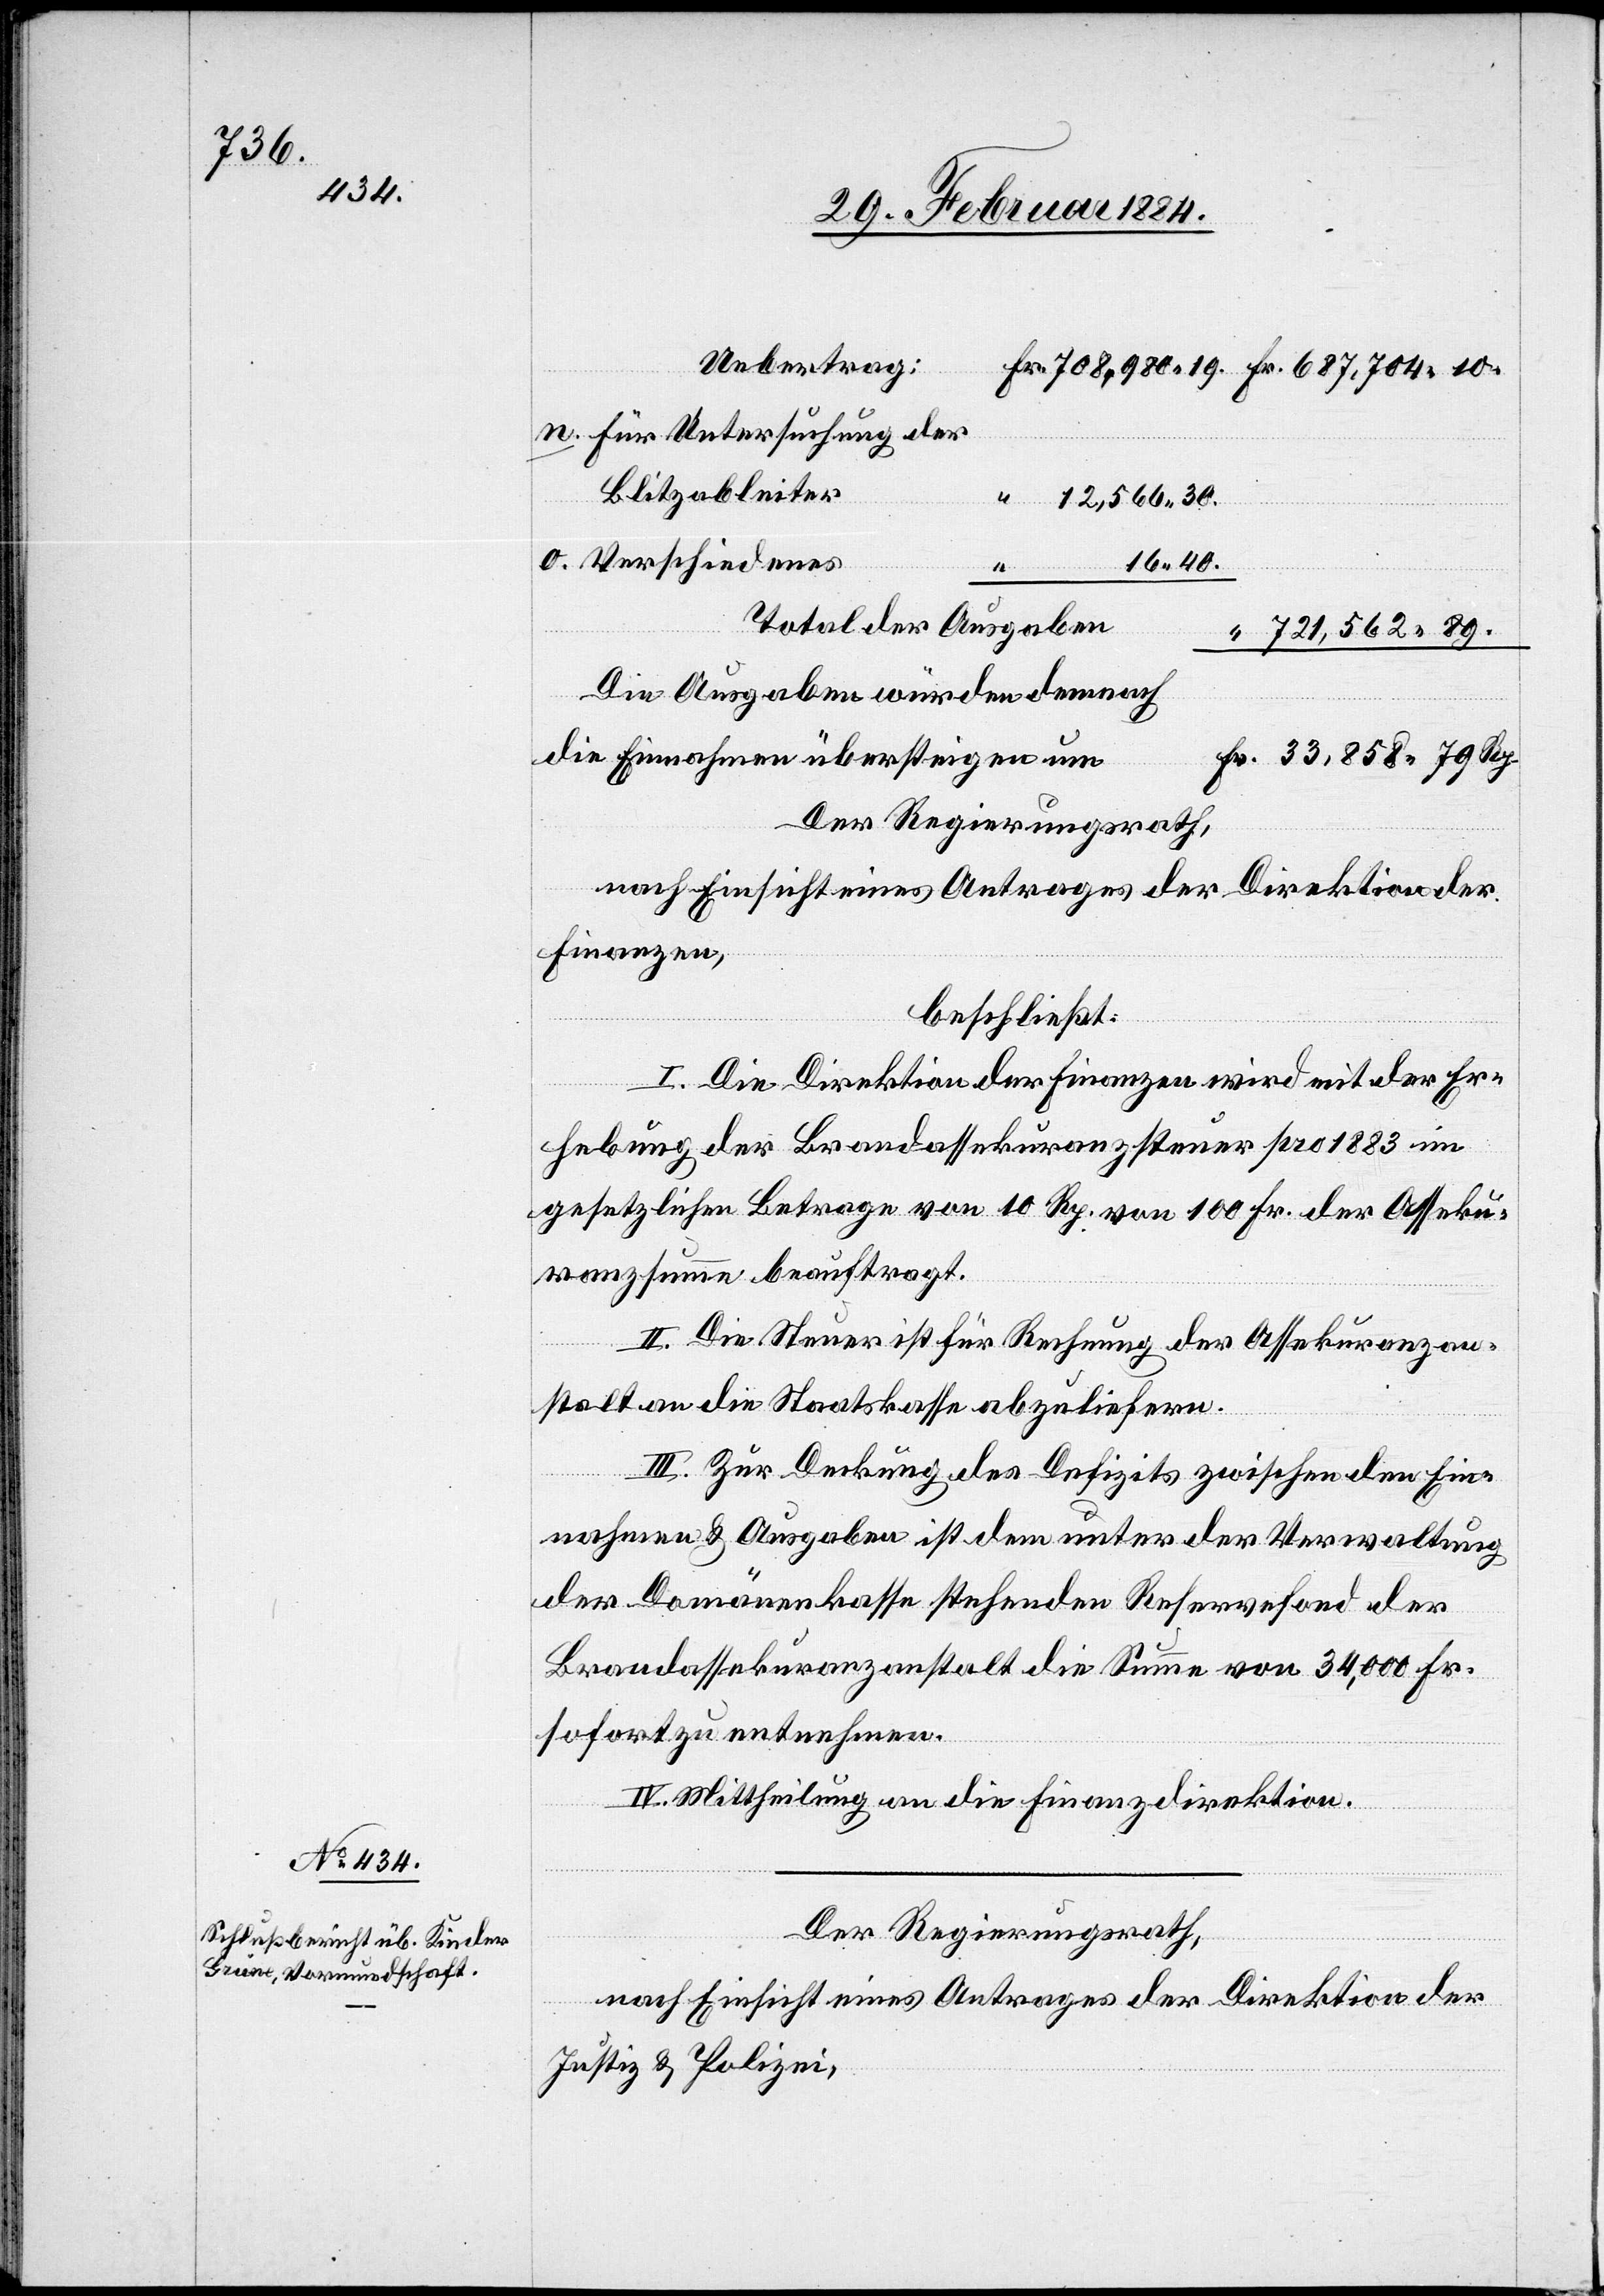
n. Für Untersuchung der
Blitzableiter
12,566 30.
o. Verschiedenes
16 40.
Total der Ausgaben
721,562 89.
Die Ausgaben würden demnach
die Einnahmen übersteigen um
33,858 79 Rp.
Der Regierungsrath,
nach Einsicht eines Antrages der Direktion der
Finanzen,
beschließt:
I. Die Direktion der Finanzen wird mit der Er¬
hebung der Brandassekuranzsteuer pro 1883 im
gesetzlichen Betrage von 10 Rp. von 100 Fr. der Asseku¬
ranzsumme beauftragt.
II. Die Steuer ist für Rechnung der Assekuranzan¬
stalt an die Staatskasse abzuliefern.
III. Zur Deckung des Defizits zwischen den Ein¬
nahmen & Ausgaben ist dem unter der Verwaltung
der Domänenkasse stehenden Reservefond der
Brandassekuranzanstalt die Summe von 34,000 Fr.
sofort zu entnehmen.
IV. Mittheilung an die Finanzdirektion.
Der Regierungsrath,
nach Einsicht eines Antrages der Direktion der
Justiz & Polizei,